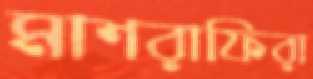
মাশরাফিরা